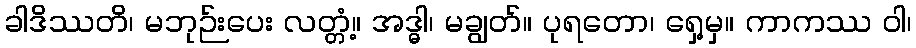
ခါဒိဿတိ၊ မဘုဉ်းပေး လတ္တံ့။ အဒ္ဓါ၊ မချွတ်။ ပုရတော၊ ရှေ့မှ။ ကာကဿ ဝါ၊